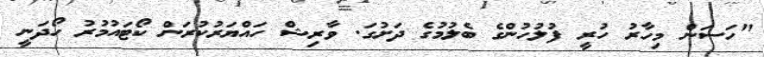
"ހަސަން މިހާރު ހުރީ ފުލުހުންގެ ބެލުމުގެ ދަށުގަ. ވާރިޝް ހައްޔަރުކުރަން ކޯޓައުމުރު ހޯދަނީ